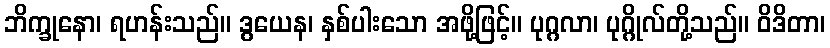
ဘိက္ခုနော၊ ရဟန်းသည်။ ဒွယေန၊ နှစ်ပါးသော အဖို့ဖြင့်။ ပုဂ္ဂလာ၊ ပုဂ္ဂိုလ်တို့သည်။ ဝိဒိတာ၊